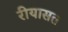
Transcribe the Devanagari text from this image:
रीयासत